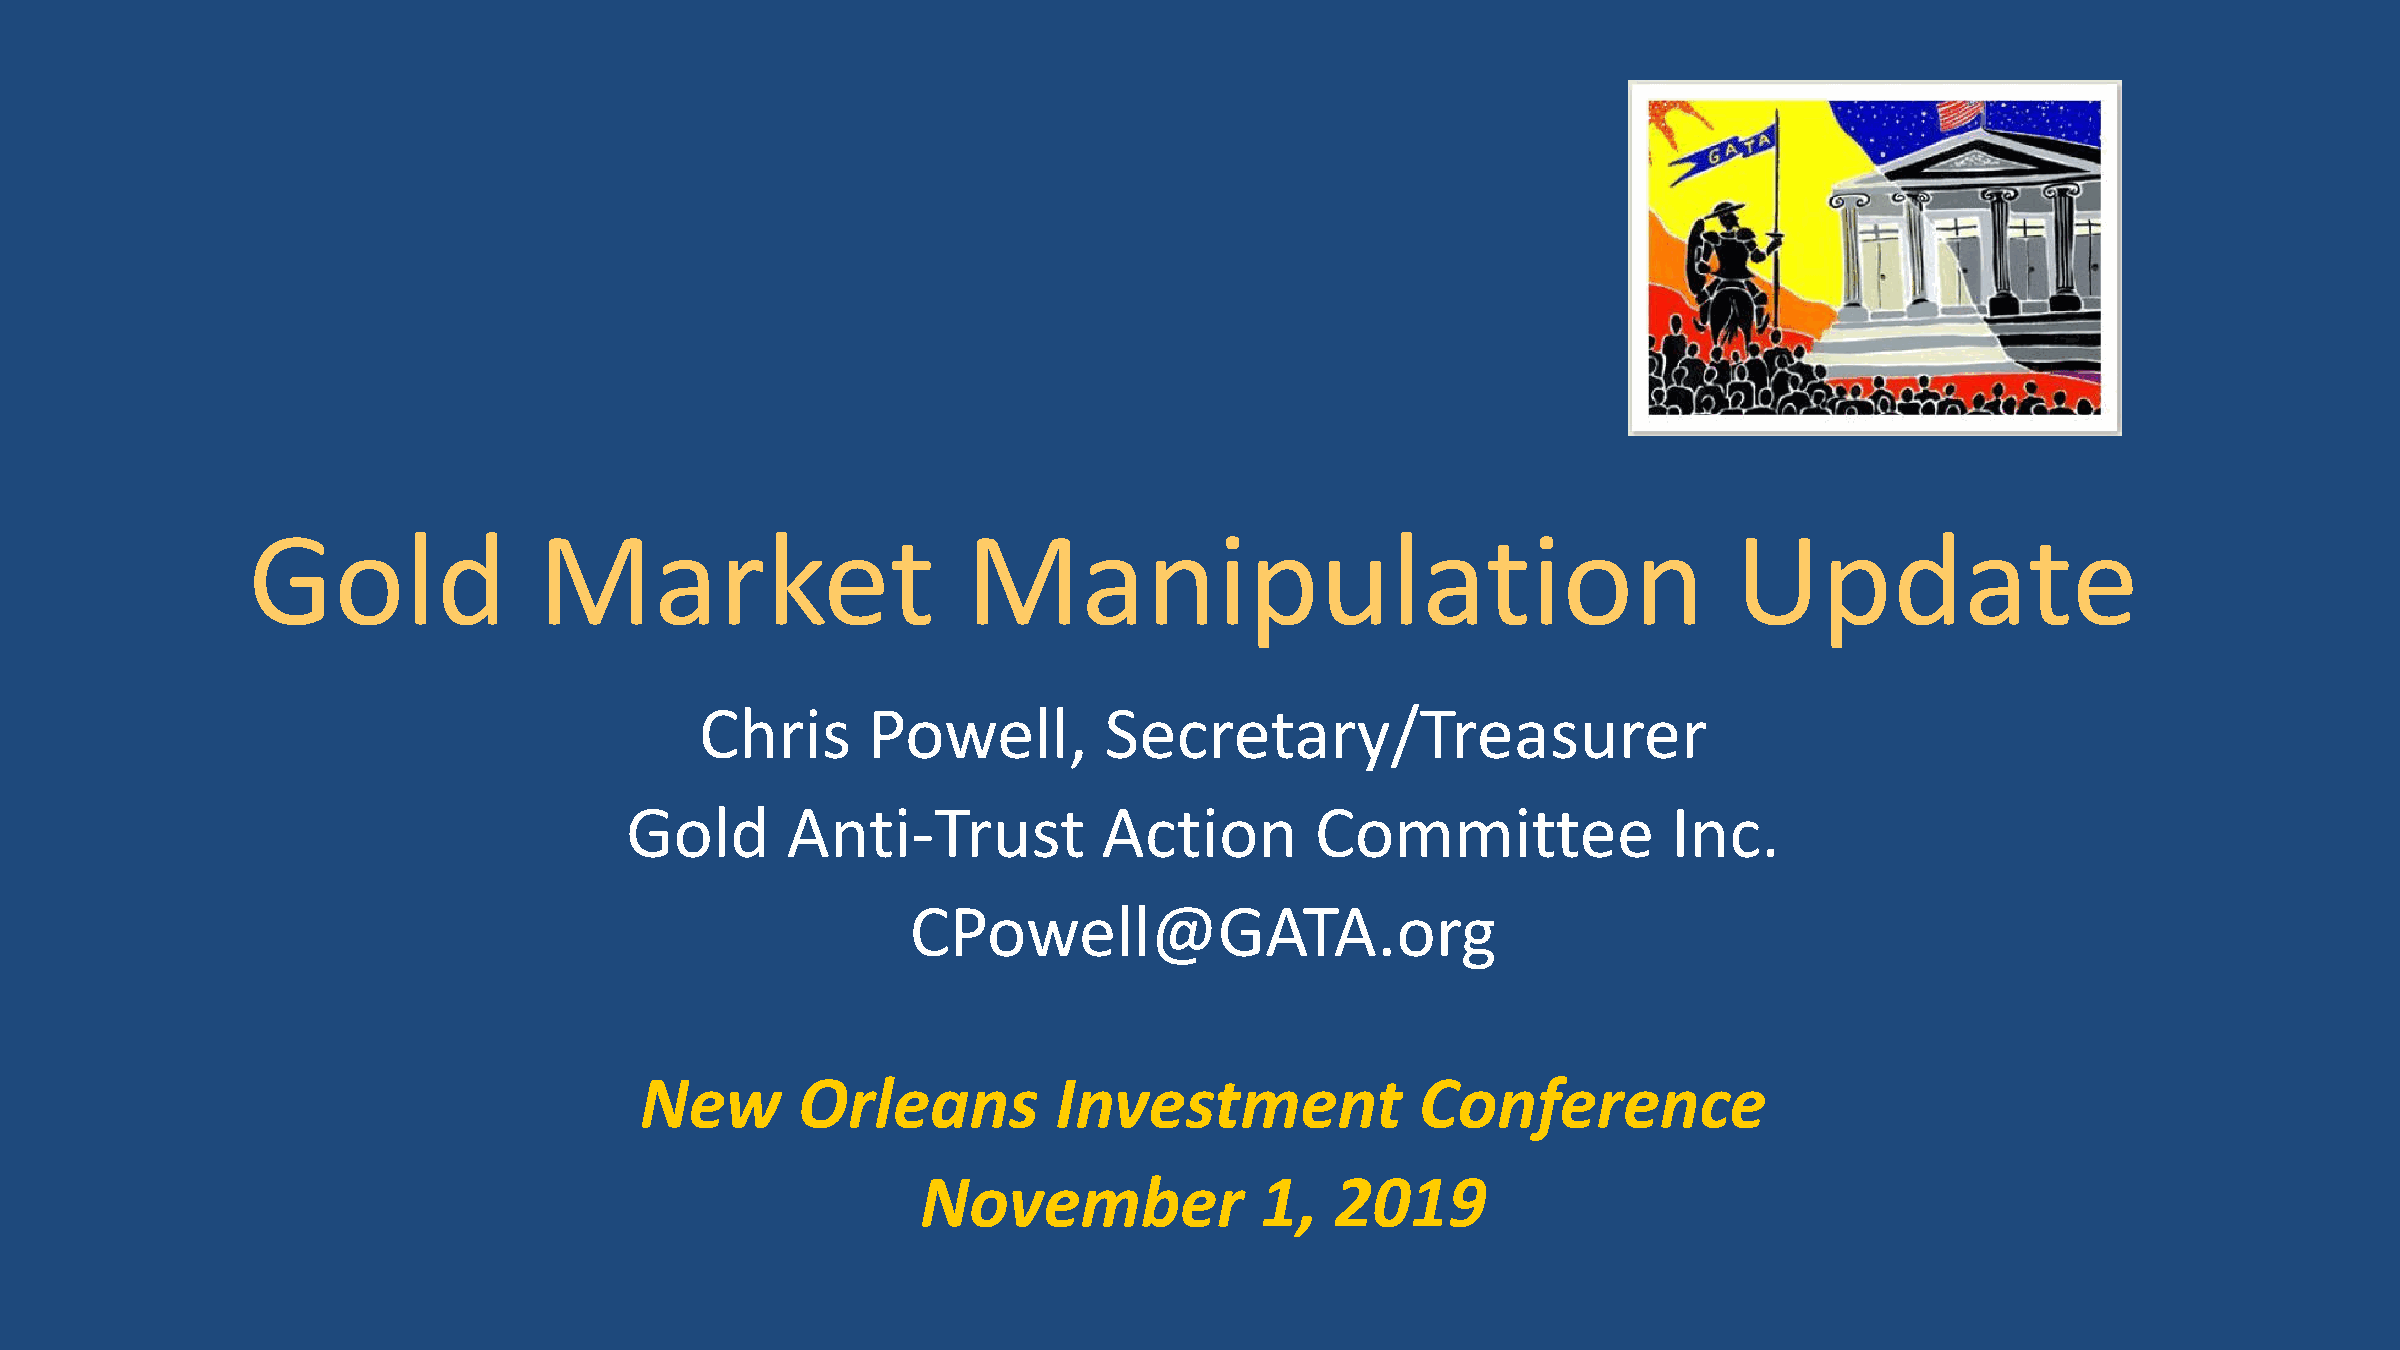
Gold                Market                      Manipulation                                       Update
 Chris      Powell,         Secretary/Treasurer
 Gold       Anti-Trust           Action        Committee               Inc.
 CPowell@GATA.org
 New        Orleans          Investment              Conference
 November              1,   2019